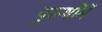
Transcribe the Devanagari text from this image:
पुरुषोंमें